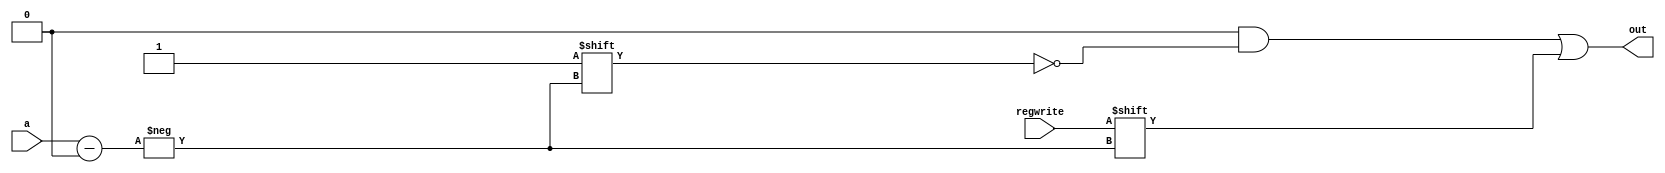

`timescale 1ns/1ns

module decoder32(input[4:0] a,input regwrite, output reg [31:0] out);
integer i;

always @(*) begin
out=0;
out[a]=regwrite;
end



endmodule